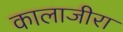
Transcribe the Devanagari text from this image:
कालाजीरा